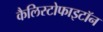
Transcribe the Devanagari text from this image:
कैलिस्टोफाइटॉन